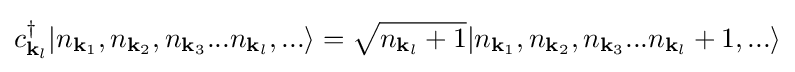
c_{{\mathbf {k} }_{l}}^{\dagger }|n_{{\mathbf {k} }_{1}},n_{{\mathbf {k} }_{2}},n_{{\mathbf {k} }_{3}}...n_{{\mathbf {k} }_{l}},...\rangle ={\sqrt {n_{{\mathbf {k} }_{l}}+1}}|n_{{\mathbf {k} }_{1}},n_{{\mathbf {k} }_{2}},n_{{\mathbf {k} }_{3}}...n_{{\mathbf {k} }_{l}}+1,...\rangle